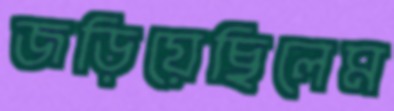
জড়িয়েছিলেম